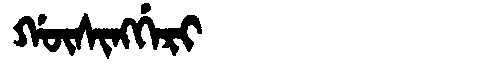
Manchu: ᡤᡡᠰᡳᠩᡤᡝᡵᡳ
Romanization: GŪSINGGERI